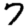
Digit: 7